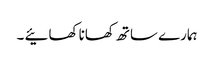
ہمارے ساتھ کھانا کھائیے ۔